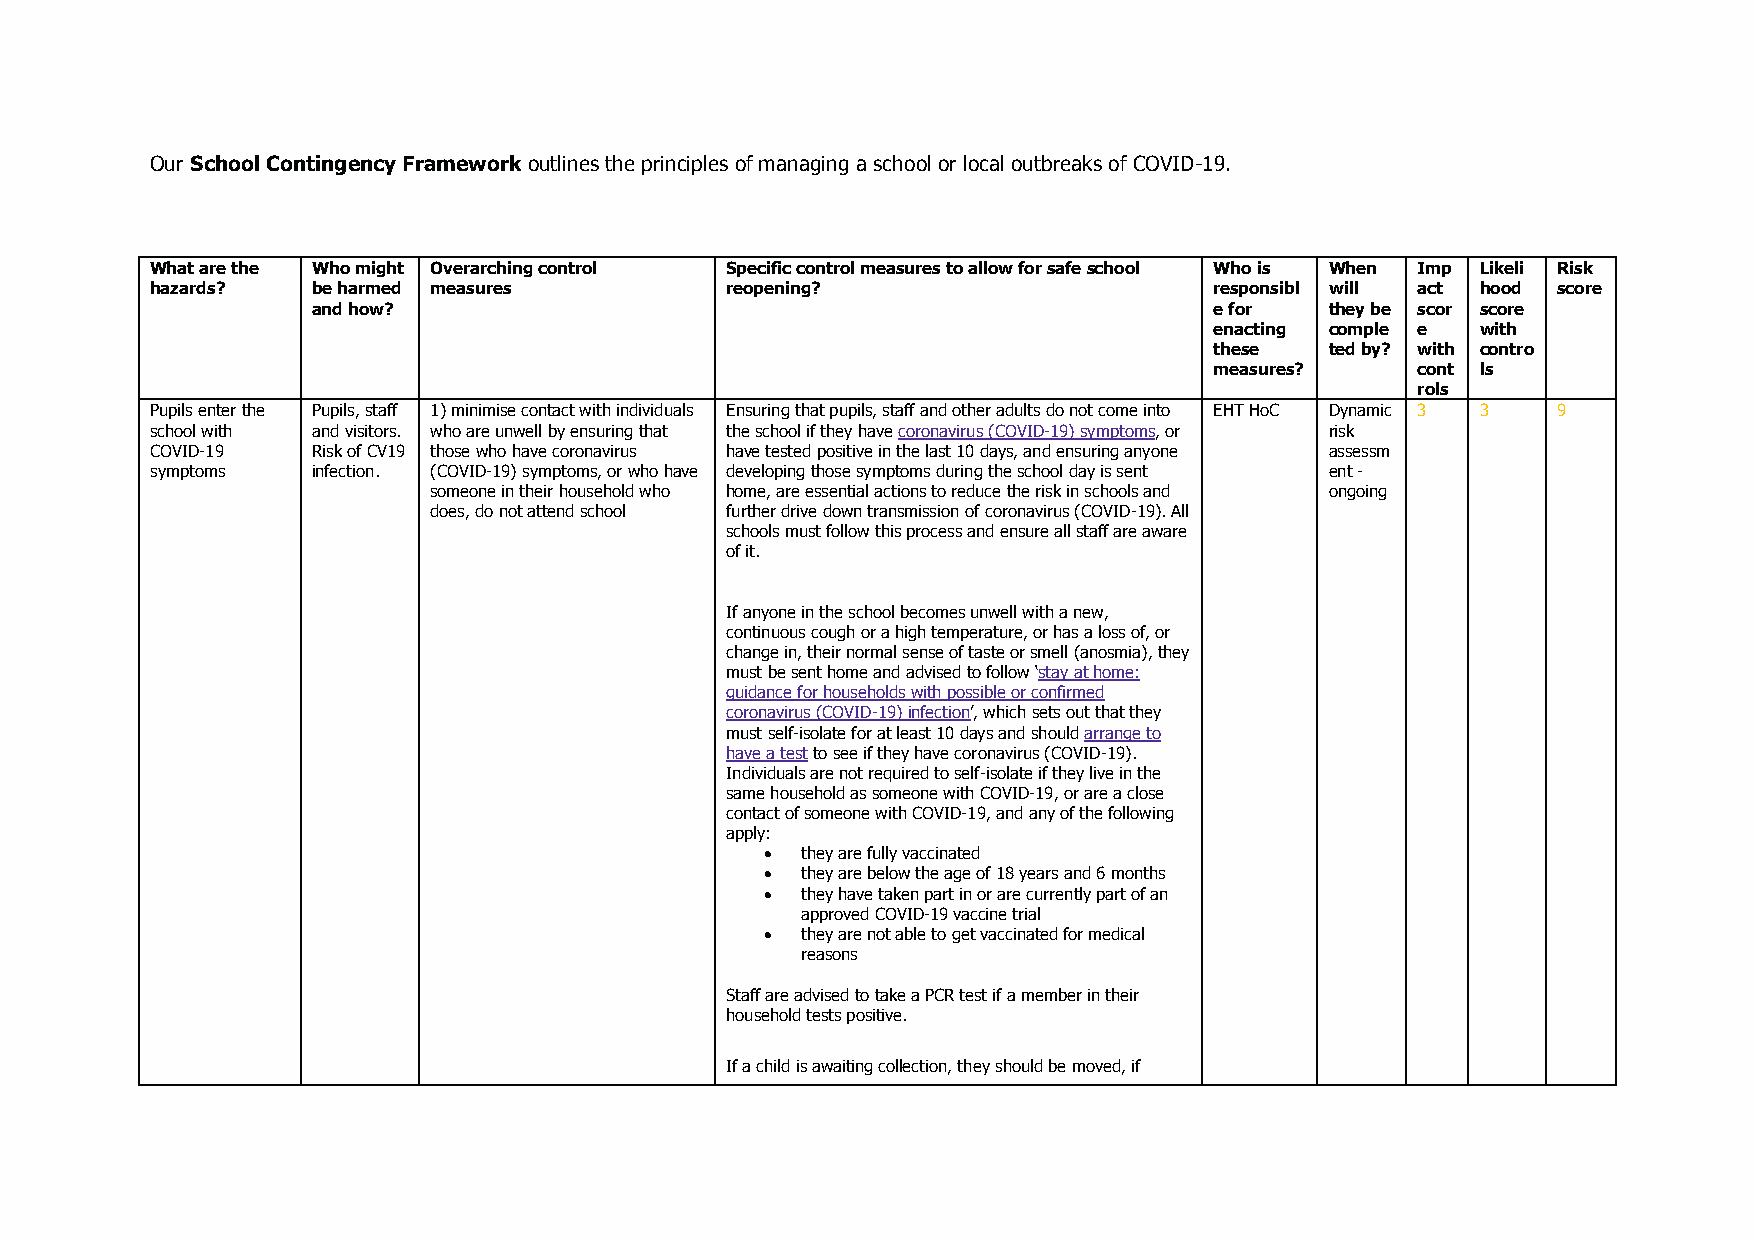
Our School Contingency Framework outlines the principles of managing a school or local outbreaks of COVID-19.
 What are the Who might Overarching control Specific control measures to allow for safe school Who is When Imp Likeli Risk
 hazards?   be harmed measures         reopening?                      responsibl will act hood score
 and how?                                                   e for   they be scor score
 enacting comple e with
 these   ted by? with contro
 measures?     cont ls
 rols
 Pupils enter the Pupils, staff 1) minimise contact with individuals Ensuring that pupils, staff and other adults do not come into EHT HoC Dynamic 3 3 9
 school with and visitors. who are unwell by ensuring that the school if they have coronavirus (COVID-19) symptoms, or risk
 COVID-19   Risk of CV19 those who have coronavirus have tested positive in the last 10 days, and ensuring anyone assessm
 symptoms   infection. (COVID-19) symptoms, or who have developing those symptoms during the school day is sent ent -
 someone in their household who home, are essential actions to reduce the risk in schools and ongoing
 does, do not attend school further drive down transmission of coronavirus (COVID-19). All
 schools must follow this process and ensure all staff are aware
 of it.
 If anyone in the school becomes unwell with a new,
 continuous cough or a high temperature, or has a loss of, or
 change in, their normal sense of taste or smell (anosmia), they
 must be sent home and advised to follow ‘stay at home:
 guidance for households with possible or confirmed
 coronavirus (COVID-19) infection’, which sets out that they
 must self-isolate for at least 10 days and should arrange to
 have a test to see if they have coronavirus (COVID-19).
 Individuals are not required to self-isolate if they live in the
 same household as someone with COVID-19, or are a close
 contact of someone with COVID-19, and any of the following
 apply:
  they are fully vaccinated
  they are below the age of 18 years and 6 months
  they have taken part in or are currently part of an
 approved COVID-19 vaccine trial
  they are not able to get vaccinated for medical
 reasons
 Staff are advised to take a PCR test if a member in their
 household tests positive.
 If a child is awaiting collection, they should be moved, if